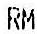
RM